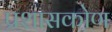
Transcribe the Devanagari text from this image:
प्रशासकोण